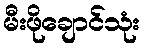
မီးဖိုချောင်သုံး